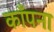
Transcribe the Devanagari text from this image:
काँपना